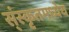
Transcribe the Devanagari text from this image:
स्ंस्कृतमध्येच